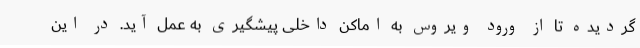
گردیده تا از ورود ویروس به اماکن داخلی پیشگیری به عمل آید. در این